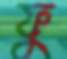
ফু